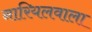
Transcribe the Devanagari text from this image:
नारियलवाला